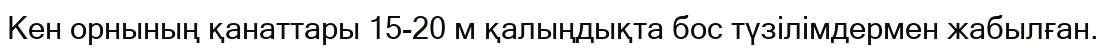
Кен орнының қанаттары 15-20 м қалыңдықта бос түзілімдермен жабылған.